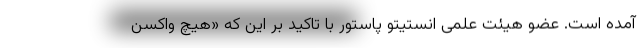
آمده است. عضو هیئت علمی انستیتو پاستور با تاکید بر این که «هیچ واکسن